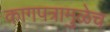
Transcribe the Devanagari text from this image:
कागपत्रामुळेच